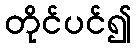
တိုင်ပင်၍